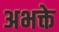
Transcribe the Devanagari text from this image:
अभक्ते